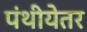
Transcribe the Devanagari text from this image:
पंथीयेतर